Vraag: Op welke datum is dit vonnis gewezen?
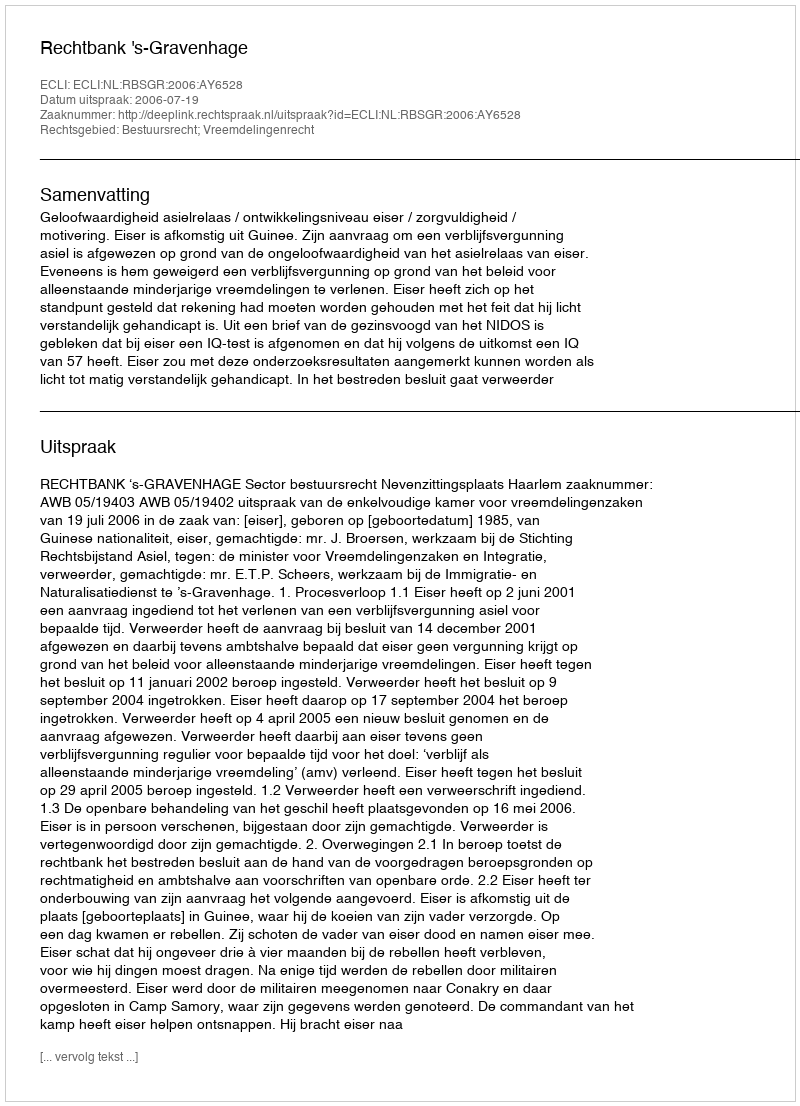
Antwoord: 2006-07-19